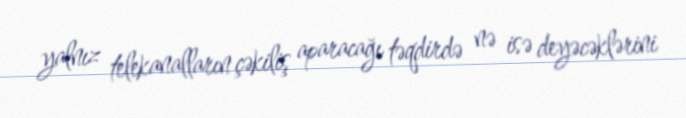
yalnız telekanalların çəkiliş aparacağı təqdirdə nə isə deyəcəklərini